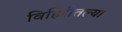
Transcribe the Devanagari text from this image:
विहिरीतल्या